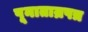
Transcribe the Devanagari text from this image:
पूनाताम्रपत्र